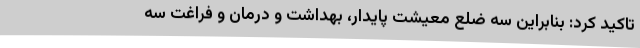
تاکید کرد: بنابراین سه ضلع معیشت پایدار، بهداشت و درمان و فراغت سه